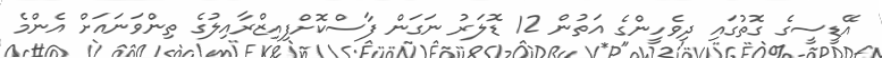
އޭޑީސީގެ ގޮތުގައި ދިވެހީންގެ އަތުން 12 ޑޮލަރު ނަގަން ފާސްކޮށްފިއިޒްރާއިލުގެ ތިންވަނައަށް އެންމެ